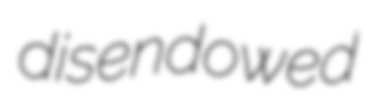
disendowed